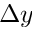
\Delta y